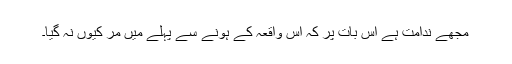
مجھے ندامت ہے اس بات پر کہ اس واقعہ کے ہونے سے پہلے میں مر کیوں نہ گیا۔